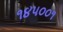
૧૪૫૦૦૧